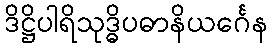
ဒိဋ္ဌိပါရိသုဒ္ဓိပဓာနိယင်္ဂေန